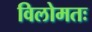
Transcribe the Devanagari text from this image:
विलोमतः